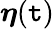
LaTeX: {\boldsymbol{\eta}}(\mathtt{t})